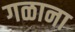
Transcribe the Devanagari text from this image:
गळाना